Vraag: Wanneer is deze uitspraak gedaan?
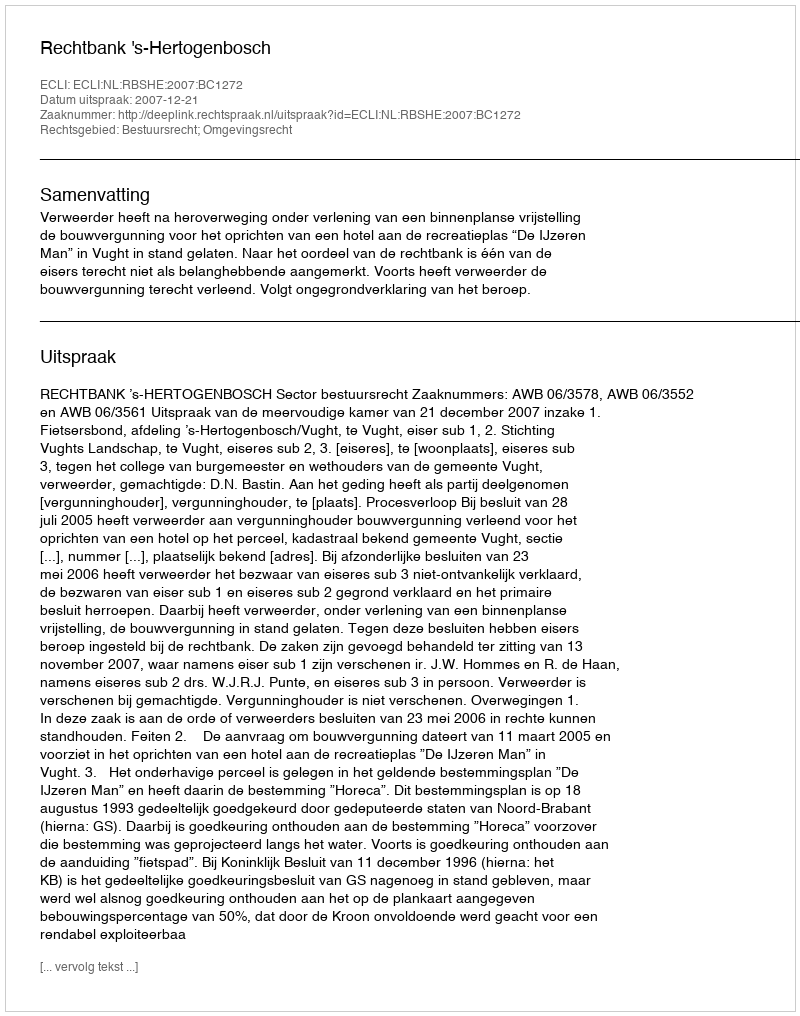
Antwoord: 2007-12-21